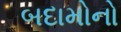
બદામોનો